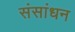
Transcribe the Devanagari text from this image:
संसांधन